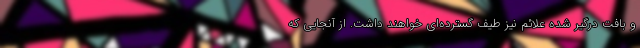
و بافت درگیر شده علائم نیز طیف گسترده‌ای خواهند داشت. از آنجایی که